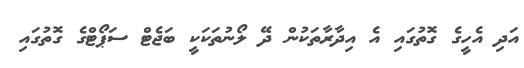
އަދި އެހީގެ ގޮތުގައި އެ އިދާރާތަކުން ދޭ ލޯނުތަކަކީ ބަޖެޓް ސަޕޯޓްގެ ގޮތުގައި